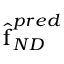
\hat { \boldsymbol { \mathrm { f } } } _ { N D } ^ { p r e d }